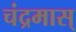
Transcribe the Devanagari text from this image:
चंद्रमास्